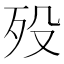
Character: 殁